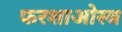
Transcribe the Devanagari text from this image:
फरशाओस्त्र